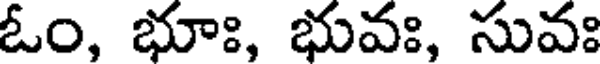
ఓం, భూః, భువః, సువః